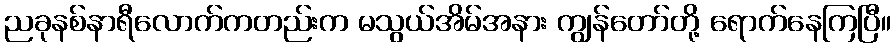
ညခုနစ်နာရီလောက်ကတည်းက မသွယ်အိမ်အနား ကျွန်တော်တို့ ရောက်နေကြပြီ။